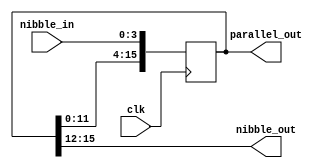
module nibble_shift_register #(parameter  N = 0)(input clk, input [3:0]nibble_in, output wire [15:0] parallel_out, output wire [3:0] nibble_out);
	reg [15:0] tmp = N;
		always @(posedge clk) begin
			tmp <= {tmp[11:0], nibble_in};
		end
		assign parallel_out = tmp[15:0];
		assign nibble_out = tmp[15:12];
endmodule